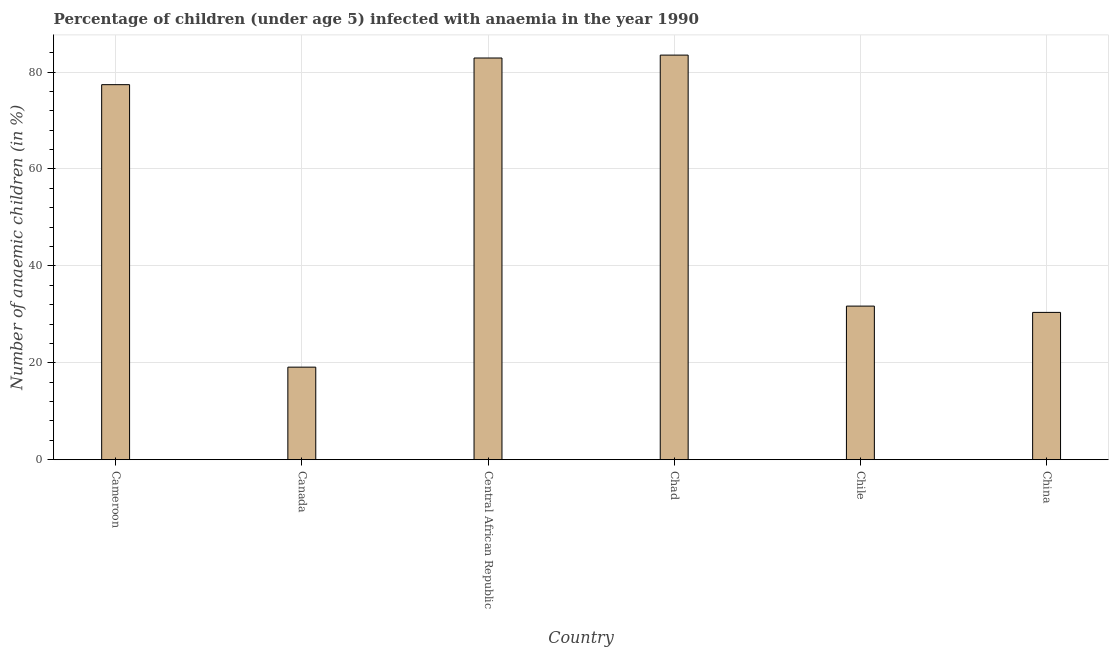
| Country | Prevalence of anemia among children |
 | --- | --- |
 | Cameroon | 77.4 |
 | Canada | 19.1 |
 | Central African Republic | 82.9 |
 | Chad | 83.5 |
 | Chile | 31.7 |
 | China | 30.4 |